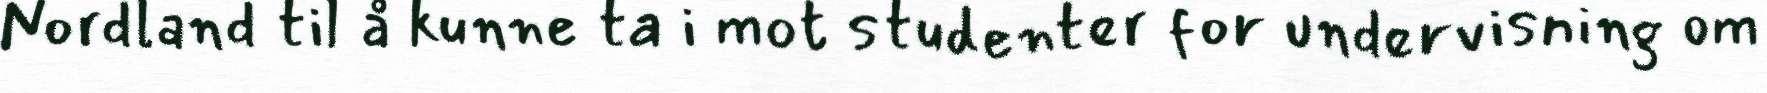
Nordland til å kunne ta i mot studenter for undervisning om